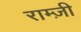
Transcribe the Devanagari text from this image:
राम्ज़ी